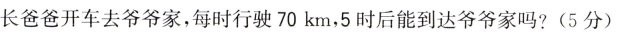
长爸爸开车去爷爷家，每时行驶70km，5时后能到达爷爷家吗?(5分)